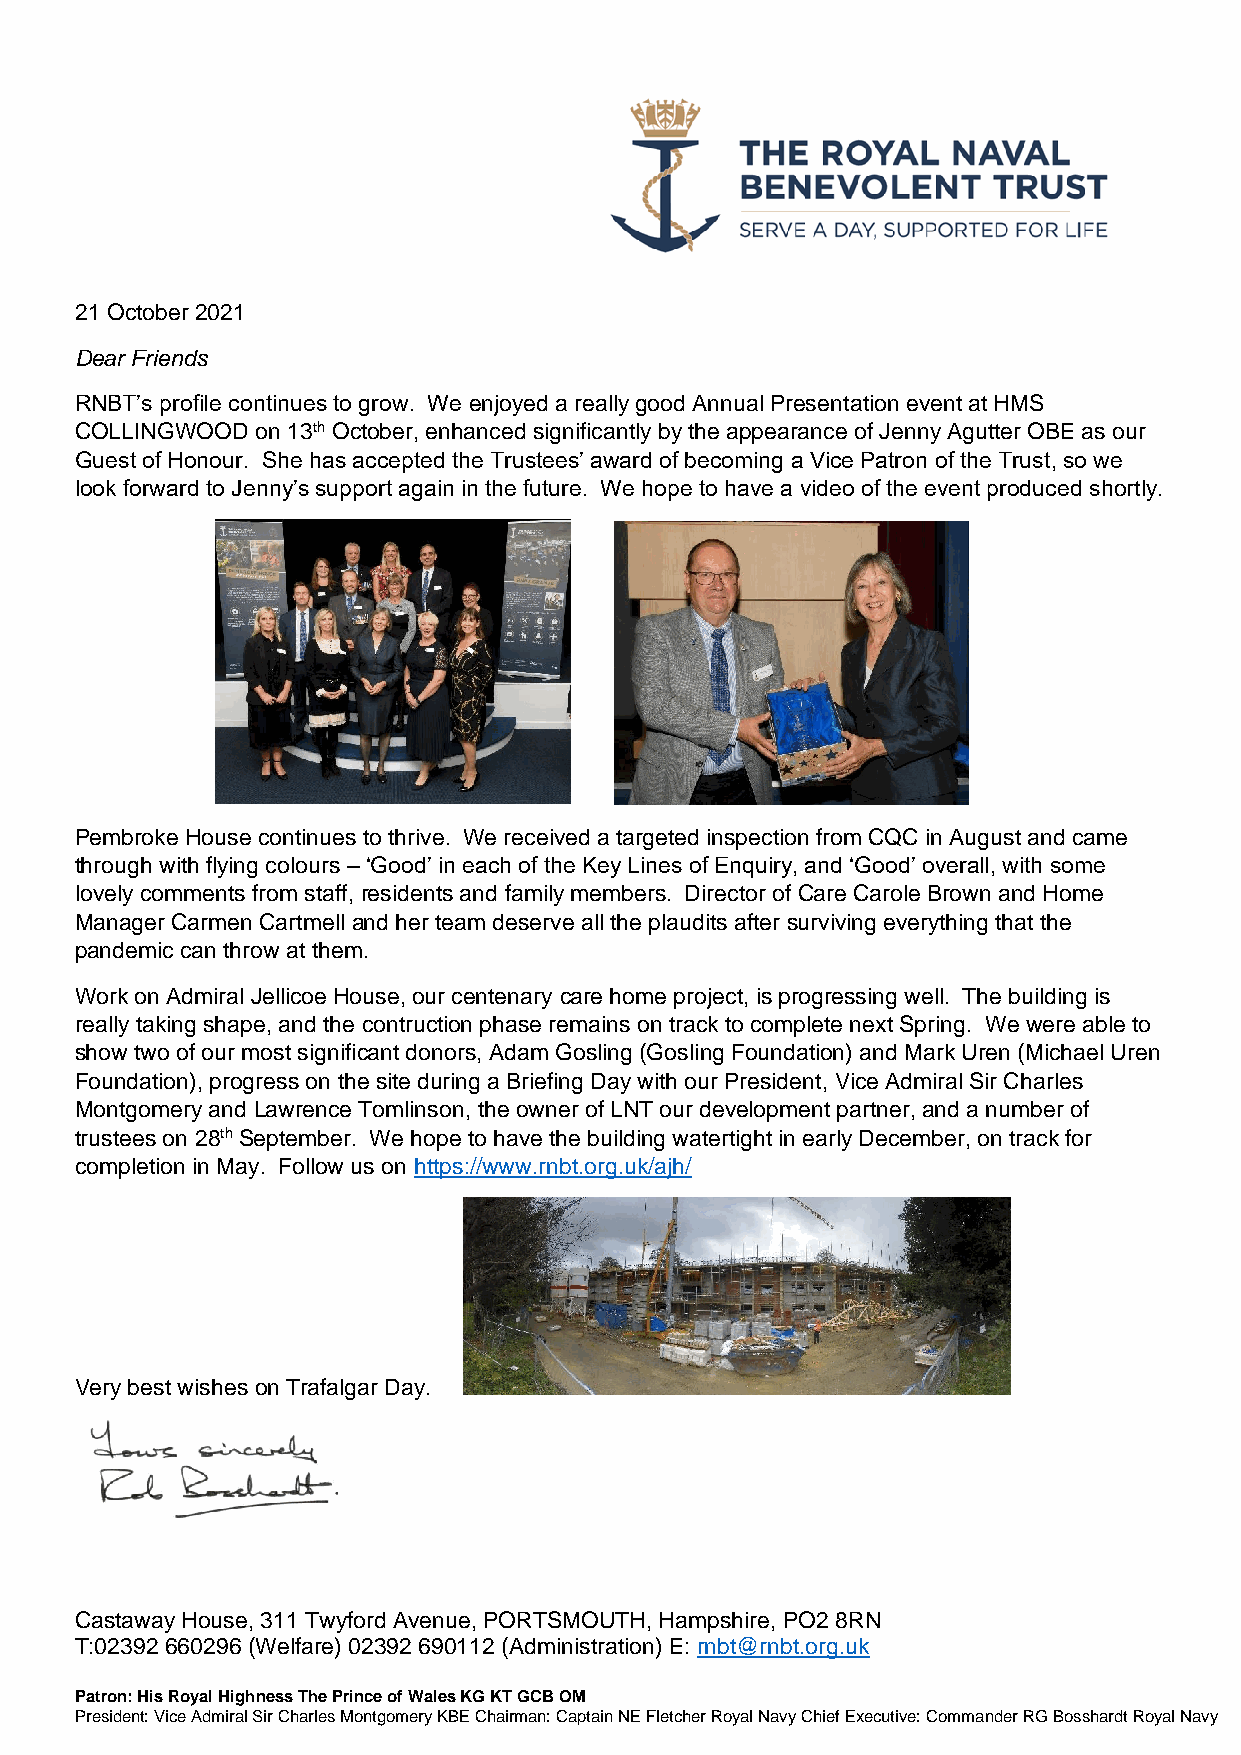
21 October 2021
 Dear Friends
 RNBT’s profile continues to grow. We enjoyed a really good Annual Presentation event at HMS
 COLLINGWOOD on 13th October, enhanced significantly by the appearance of Jenny Agutter OBE as our
 Guest of Honour. She has accepted the Trustees’ award of becoming a Vice Patron of the Trust, so we
 look forward to Jenny’s support again in the future. We hope to have a video of the event produced shortly.
 Pembroke House continues to thrive. We received a targeted inspection from CQC in August and came
 through with flying colours – ‘Good’ in each of the Key Lines of Enquiry, and ‘Good’ overall, with some
 lovely comments from staff, residents and family members. Director of Care Carole Brown and Home
 Manager Carmen Cartmell and her team deserve all the plaudits after surviving everything that the
 pandemic can throw at them.
 Work on Admiral Jellicoe House, our centenary care home project, is progressing well. The building is
 really taking shape, and the contruction phase remains on track to complete next Spring. We were able to
 show two of our most significant donors, Adam Gosling (Gosling Foundation) and Mark Uren (Michael Uren
 Foundation), progress on the site during a Briefing Day with our President, Vice Admiral Sir Charles
 Montgomery and Lawrence Tomlinson, the owner of LNT our development partner, and a number of
 trustees on 28th September. We hope to have the building watertight in early December, on track for
 completion in May. Follow us on https://www.rnbt.org.uk/ajh/
 Very best wishes on Trafalgar Day.
 Castaway House, 311 Twyford Avenue, PORTSMOUTH, Hampshire, PO2 8RN
 T:02392 660296 (Welfare) 02392 690112 (Administration) E: rnbt@rnbt.org.uk
 Patron: His Royal Highness The Prince of Wales KG KT GCB OM
 President: Vice Admiral Sir Charles Montgomery KBE Chairman: Captain NE Fletcher Royal Navy Chief Executive: Commander RG Bosshardt Royal Navy